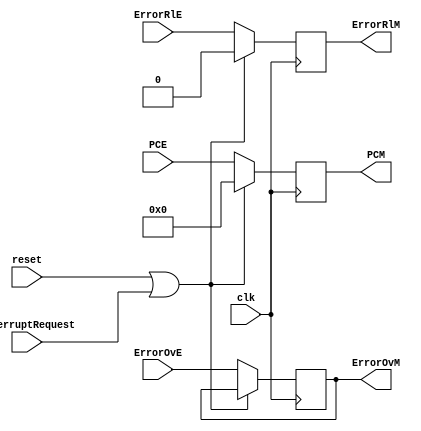
`timescale 1ns / 1ps
//////////////////////////////////////////////////////////////////////////////////
// Company: 
// Engineer: 
// 
// Design Name: 
// Module Name:    ExcCarrierE 
// Project Name: 
// Target Devices: 
// Tool versions: 
// Description: 
//
// Dependencies: 
//
// Revision: 
// Revision 0.01 - File Created
// Additional Comments: 
//
//////////////////////////////////////////////////////////////////////////////////
module ExcCarrierE(
	 input InterruptRequest,
    input clk,
    input reset,
    input ErrorOvE,
    output reg ErrorOvM = 0,
	 input ErrorRlE,
	 output reg ErrorRlM = 0,
    input [31:0] PCE,
    output reg [31:0] PCM = 0
    );
	always @(posedge clk) begin
		if (reset || InterruptRequest) begin
			ErrorRlM <= 0;
			ErrorRlM <= 0;
			PCM <= 0;
		end
		else begin
			ErrorRlM <= ErrorRlE;
			ErrorOvM <= ErrorOvE;
			PCM <= PCE;
		end 
 	end

endmodule